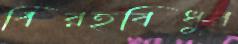
বিরহবিধুর